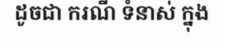
ដូចជា ករណី ទំនាស់ ក្នុង